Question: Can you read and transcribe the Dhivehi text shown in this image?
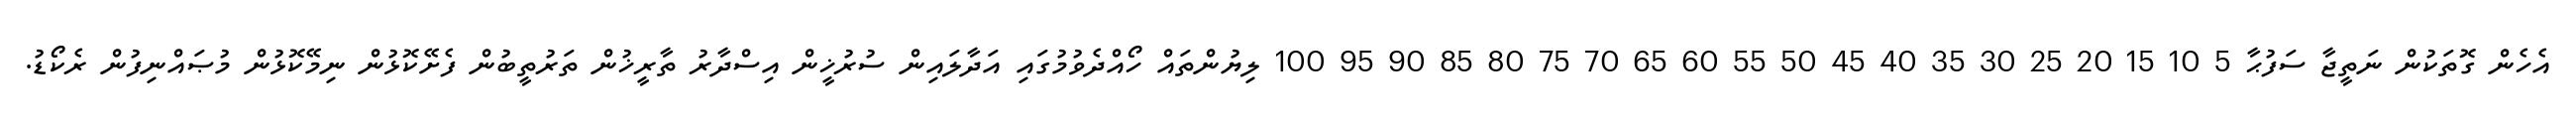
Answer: އެހެން ގޮތަކުން ނަތީޖާ ސަފުޙާ 5 10 15 20 25 30 35 40 45 50 55 60 65 70 75 80 85 90 95 100 ލިޔުންތައް ހޯއްދެވުމުގައި އަދާލައިން ސުރުޚީން އިސްދާރު ތާރީޚުން ތަރުތީބުން ފެށޭކޮޅުން ނިމޭކޮޅުން މުޞައްނިފުން ރެކޯޑު.